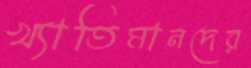
খ্যাতিমানদের